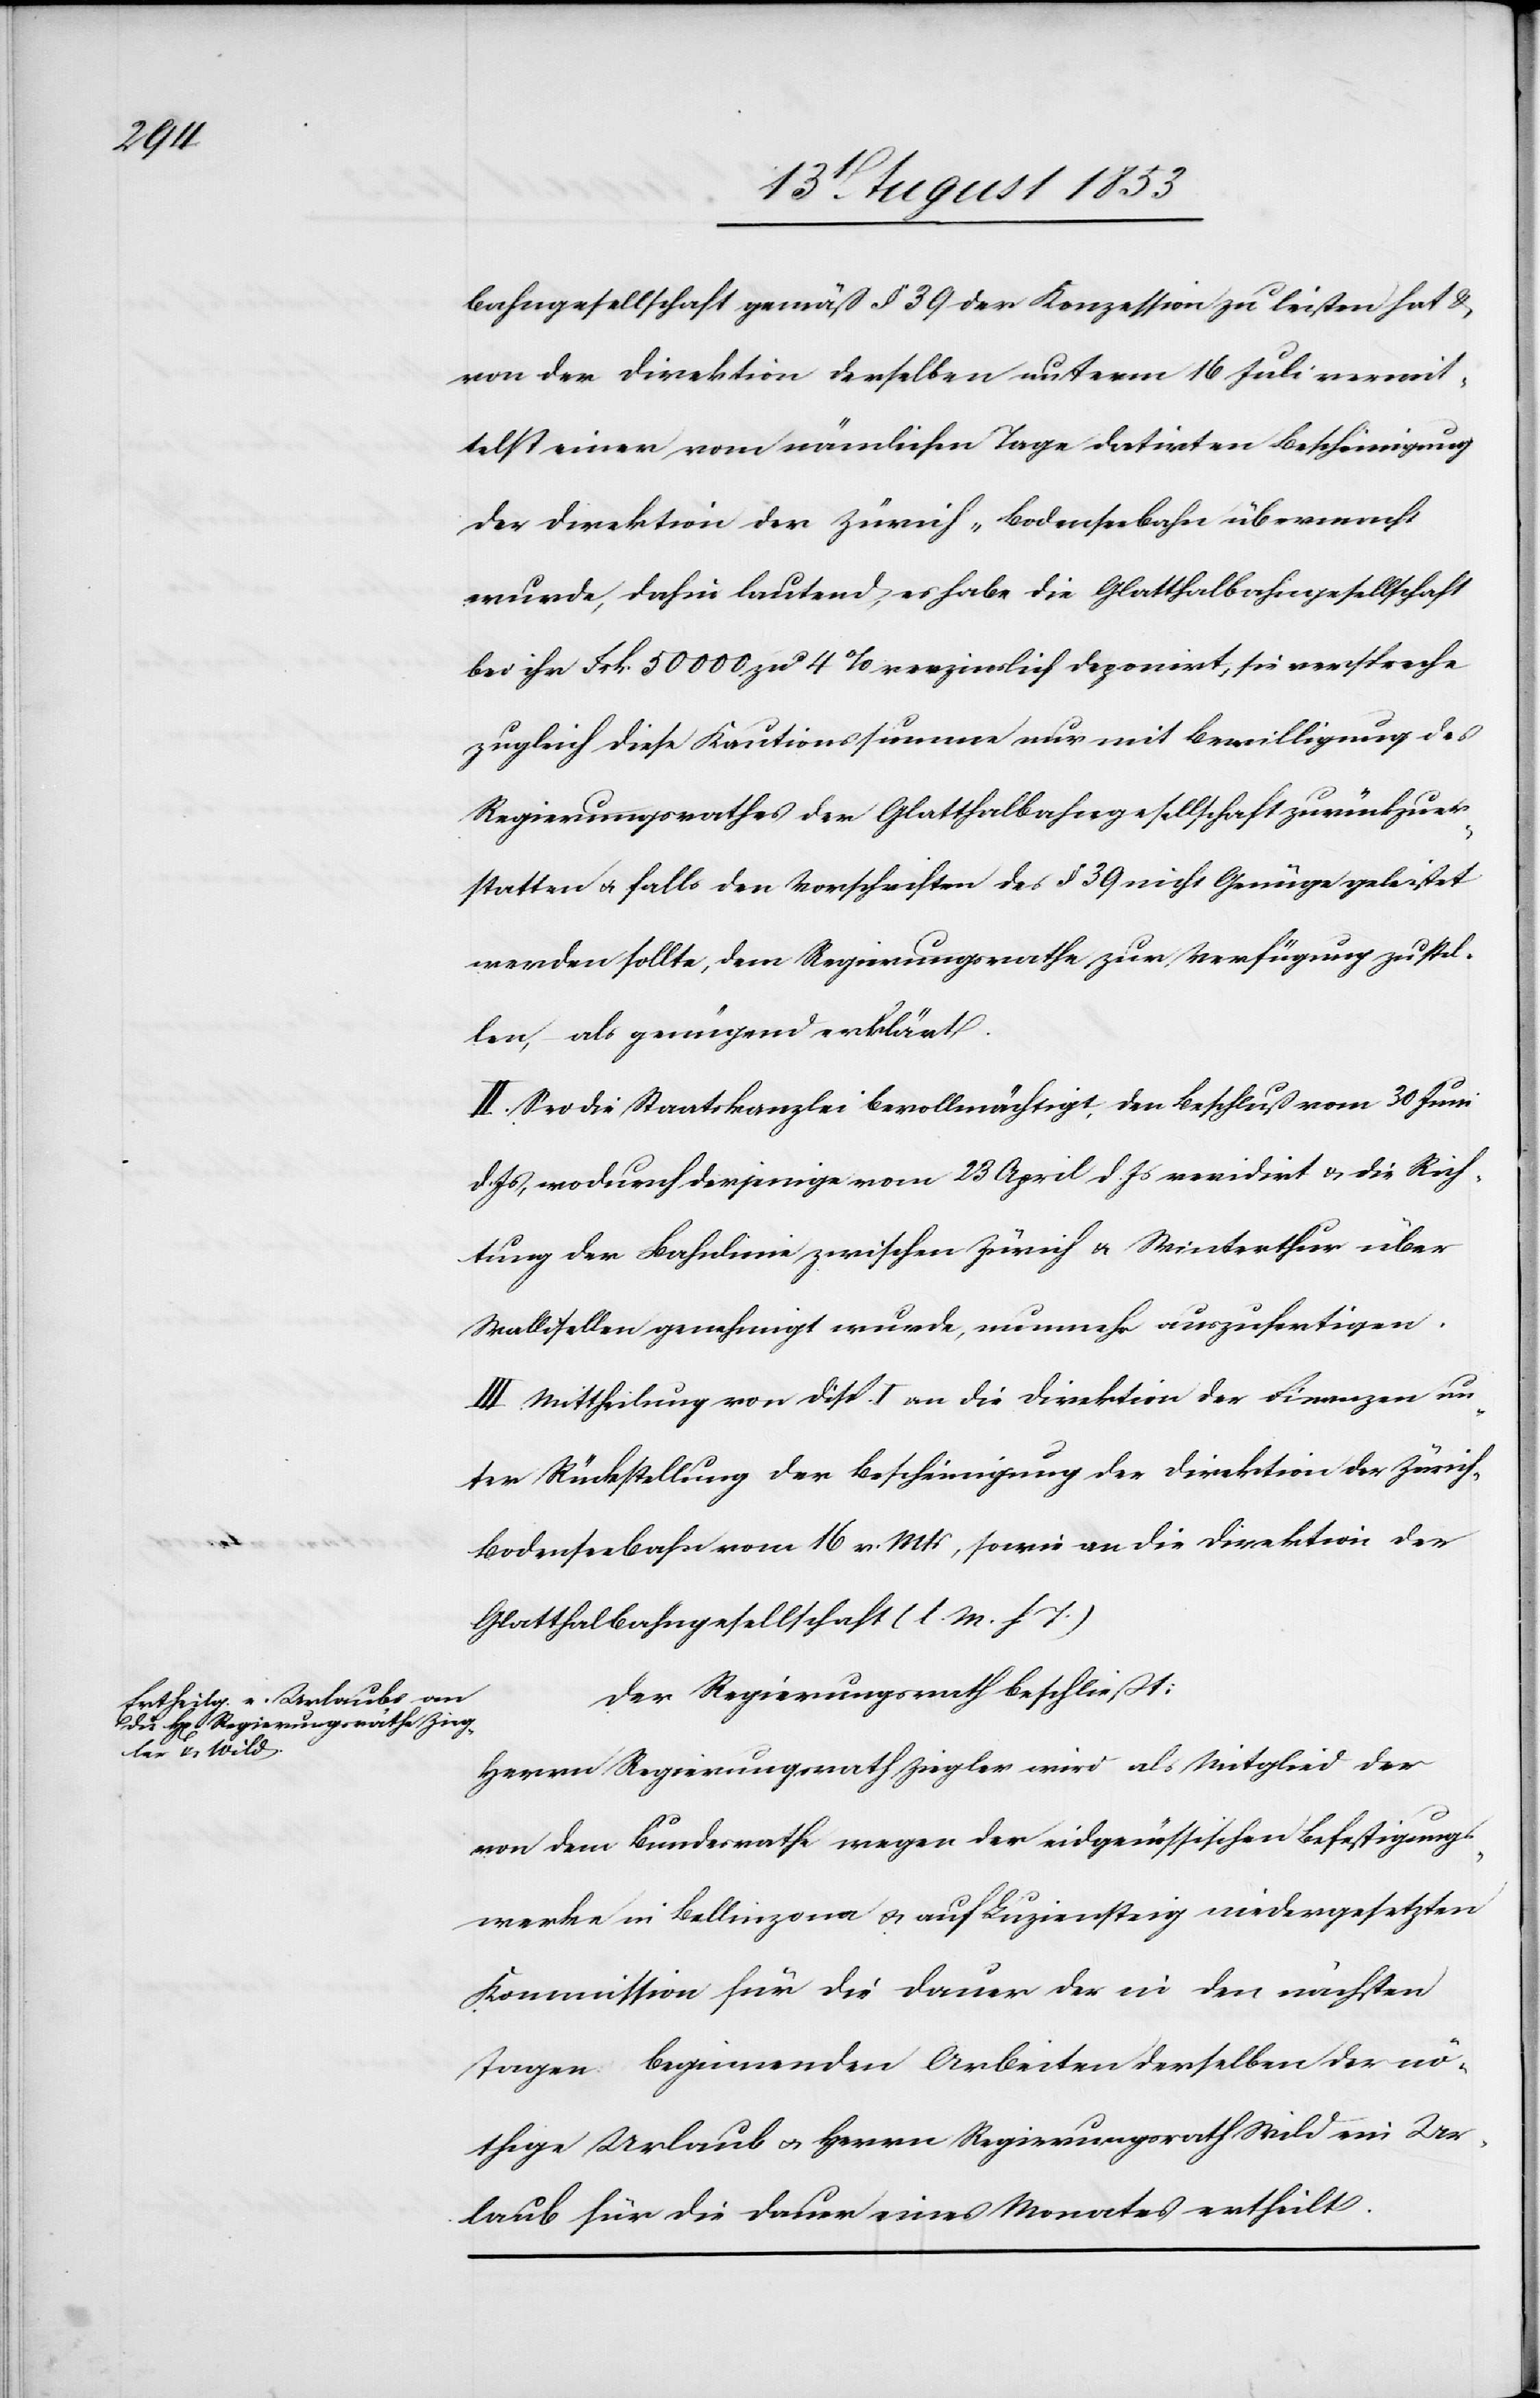
bahngesellschaft gemäß § 39 der Konzession zu leisten hat u.
von der Direktion derselben unterm 16 Juli vermit¬
telst einer vom nämlichen Tage datirten Bescheinigung
der Direktion der Zürich-Bodenseebahn übermacht
wurde, dahin lautend, es habe die Glatthalbahngesellschaft
bei ihr Frk. 50 000 zu 4% verzinslich deponirt, wsie verspreche
zugleich diese Kautionssumme nur mit Bewilligung des
Regierungsrathes der Glatthalbahngesellschaft zurückzuer¬
statten u. falls den Vorschriften des § 39 nicht Genüge geleistet
werden sollte, dem Regierungsrathe zur Verfügung zu stel¬
len, als genügend erklärt.
II. Sei die Staatskanzlei bevollmächtigt den Beschluß vom 30 Juni
d. Js., wodurch derjenige vom 23 April d. Js. revidirt u. die Rich¬
tung der Bahnlinie zwischen Zürich u. Winterthur über
Wallisellen genehmigt wurde, nunmehr auszufertigen.
III. Mittheilung von Disp. I an die Direktion der Finanzen un¬
ter Rückstellung der Bescheinigung der Direktion der Zürich-B¬
odenseebahn vom 16 v. Mts., sowie an die Direktion der
Glatthalbahngesellschaft [l. M. h. T].
Der Regierungsrath beschließt:
Herrn Regierungsrath Ziegler wird als Mitglied der
von dem Bundesrathe wegen der eidgenössischen Befestigungs¬
werke in Bellinzona u. auf Luziensteig niedergesetzten
Kommission für die Dauer der in den nächsten
Tagen beginnenden Arbeiten denselben der nö¬
thige Urlaub u. Herren Regierungsrath Wild ein Ur¬
laub für die Dauer eines Monates ertheilt.